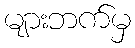
များဘက်မှ